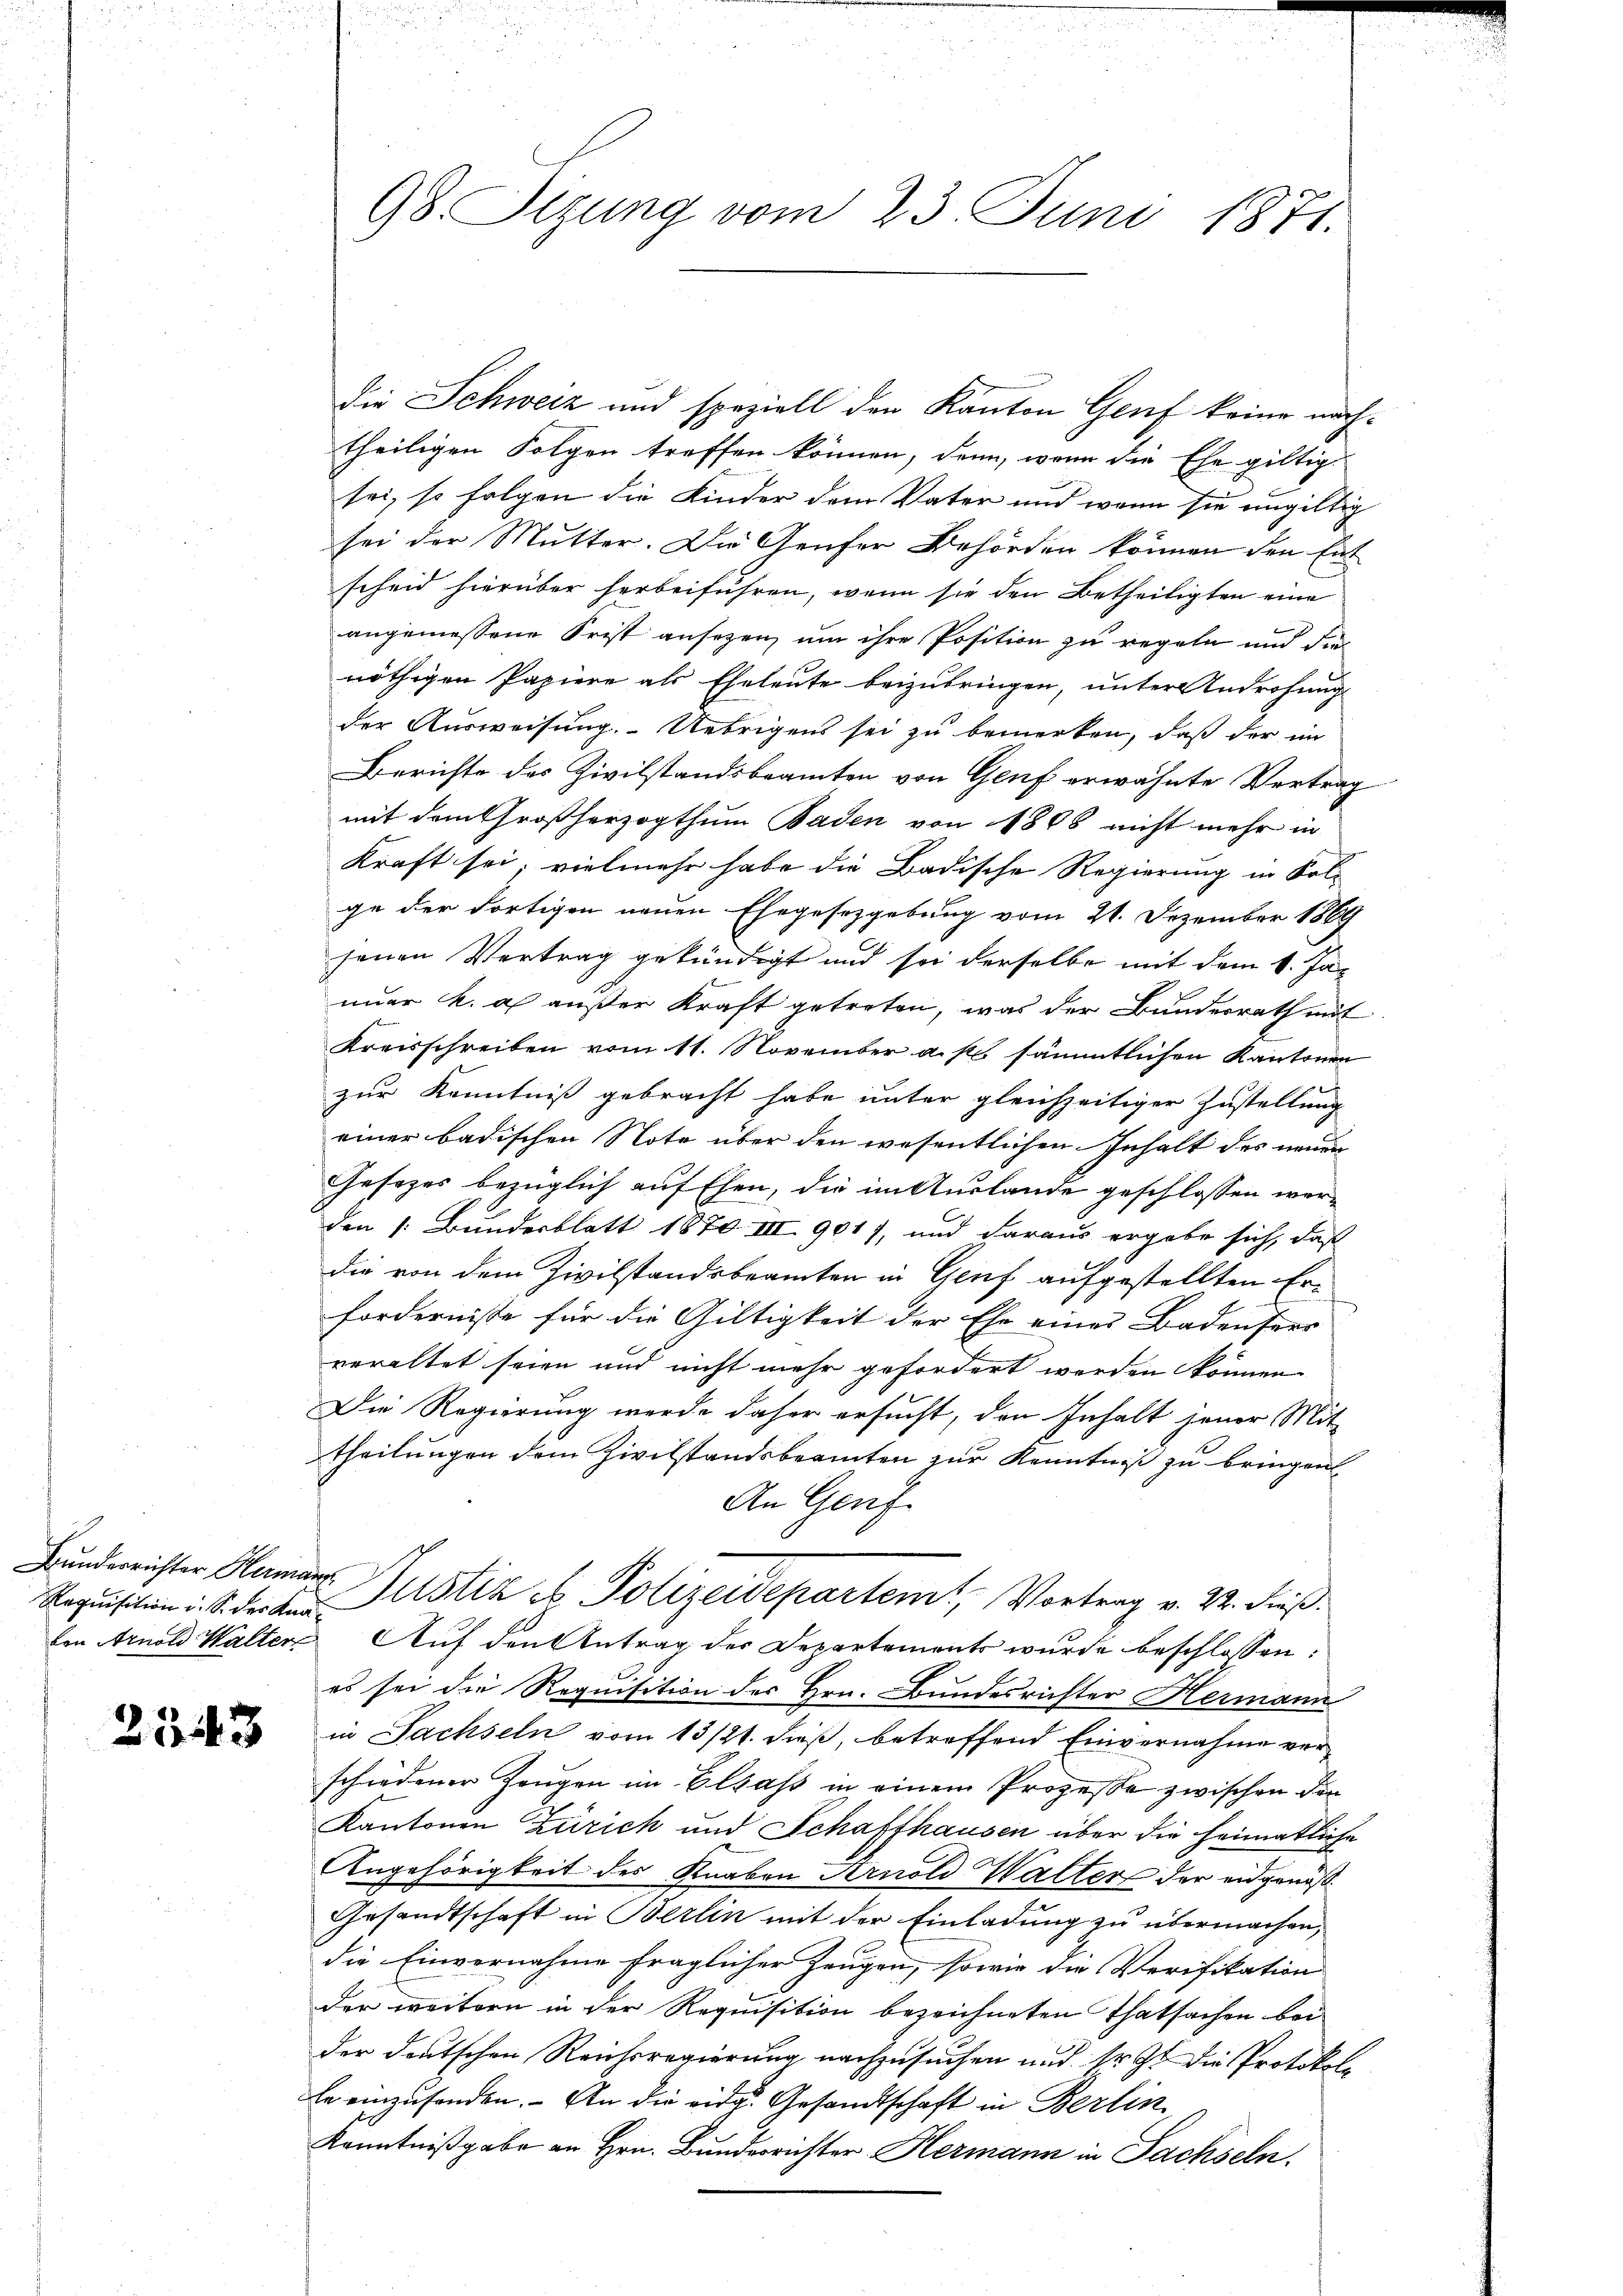
Requisition i. S. der Kna¬

2543

die Schweiz und speziell den Kanton Genf keine nachtheiligen Folgen treffen können, denn, wenn die Ehe giltig
sei, so folgen die Kinder dem Vater und wenn sie ungültig
sei der Mutter. Die Genfer Behörden können den Entscheid hierüber herbeiführen, wenn sie den Betheiligten eine
angemessene Frist ansezen, um ihre Position zu regeln und dies
nöthigen Papiere als Eheleute beizubringen, unter Androhung
der Ausweisung. Uebrigens sei zu bemerken, daß der in
Berichte des Zivilstandsbeamten von Genf erwähnte Vertrag
mit dem Großherzogthum Baden von 1808 nicht mehr in
kraft sei; vielmehr habe die Badische Regierung in Solge der dortigen neuen Ehegesetzgebung vom 21. Dezember 1869
senen Vertrag gekündigt und sei derselbe mit dem 14. Januer k. a. außer Kraft getreten, was der Bundesrath mit
Kreisschreiben vom 11. November a. p. sämmtlichen Kantonen
zur Kenntniß gebracht habe unter gleichzeitiger Zustellung
einer badischen Note über den wesentlichen Inhalt des neuen
Gesezes bezüglich auf Ehen, die im Auslande geschlossen werden 1. Bundesblatt 1870 III 901), und daraus ergabe sich, daß
die von dem Zivilstandsbeamten in Genf aufgestellten Erfordernisse für die Gültigkeit der Ehe eines Badensers
veraltet seien und nicht mehr gefordert werden können
Die Regierung werde daher ersucht, den Inhalt jener Mit-
theilungen dem Zivilstandsbeamten zur Kenntniß zu bringen
An Genf.
1
Bunderrichter Hermann Justiz es Polizeidepartem Vortrag v. 22. dieß.
ten Arnold Walter Auf den Antrag des Departements wurde beschlossen:
es sei die Requisition des Hrn. Bundesrichter Hermann
in Sachseln vom 13/21. dieß, betreffend Einvernahme verschiedener Zeugen im Elsass in einem Prozesse zwischen den
Kantonen Zürich und Schafthausen über die heimatliche
Angehörigkeit des Knaben Arnold Walter der eidgenoß
Gesandtschaft in Berlin mit der Einladung zu übermachen,
die Einvernahme fraglicher Zeugen, sowie die Verifikation
der weitern in der Requisition bezeichneten Thatsachen bei
der deutschen Reichsregierung nachzusuchen und sr. Zt. die Protokolle einzufanden. An die eidg. Gesandtschaft in Berlin
Kenntnißgabe an Hrn. Bunderrichter Hermann in Sachseln.

98. Sizung vom 23. Juni 1871.